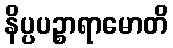
နိပ္ပပဉ္စာရာမောတိ